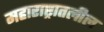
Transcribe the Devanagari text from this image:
महाराष्ट्रातलील